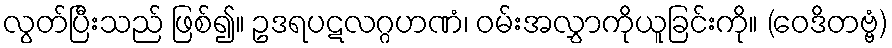
လွတ်ပြီးသည် ဖြစ်၍။ ဥဒရပဋလဂ္ဂဟဏံ၊ ဝမ်းအလွှာကိုယူခြင်းကို။ (ဝေဒိတဗ္ဗံ)